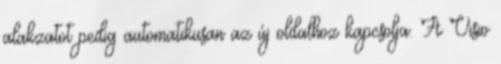
alakzatot pedig automatikusan az új oldalhoz kapcsolja. A Visio